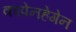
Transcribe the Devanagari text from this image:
कापेनहेगेन